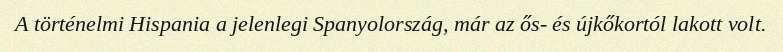
A történelmi Hispania a jelenlegi Spanyolország, már az ős- és újkőkortól lakott volt.